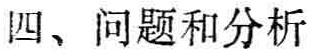
四、问题和分析